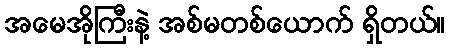
အမေအိုကြီးနဲ့ အစ်မတစ်ယောက် ရှိတယ်။